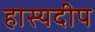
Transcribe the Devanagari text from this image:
हास्यदीप